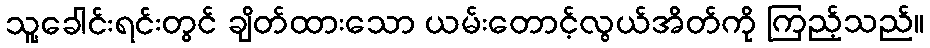
သူ့ခေါင်းရင်းတွင် ချိတ်ထားသော ယမ်းတောင့်လွယ်အိတ်ကို ကြည့်သည်။